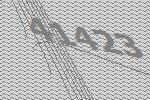
41423